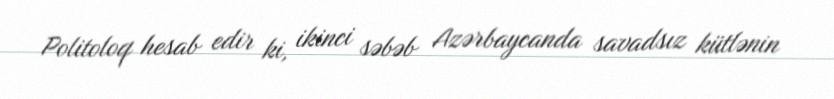
Politoloq hesab edir ki, ikinci səbəb Azərbaycanda savadsız kütlənin